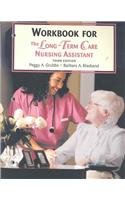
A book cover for Workbook; Peggy A. Grubbs RN  BSN; Medical Books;